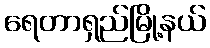
ရေတာရှည်မြို့နယ်